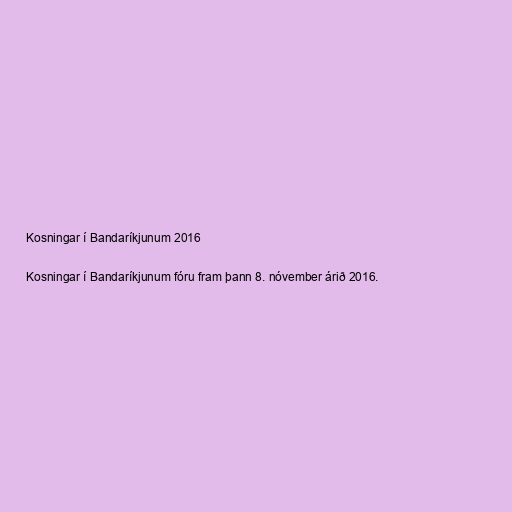
Kosningar í Bandaríkjunum 2016

Kosningar í Bandaríkjunum fóru fram þann 8. nóvember árið 2016.